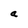
Character: a